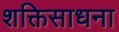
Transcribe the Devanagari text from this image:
शक्तिसाधना